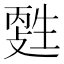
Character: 𤯳